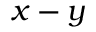
x - y